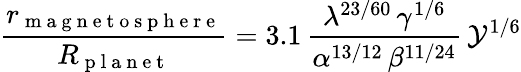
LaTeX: \frac{r_{\mathrm{~m~a~g~n~e~t~o~s~p~h~e~r~e~}}}{R_{\mathrm{~p~l~a~n~e~t~}}}=3.1\, \frac{\lambda^{23/60}\, \gamma^{1/6}}{\alpha^{13/12}\, \beta^{11/24}}\, \mathcal{Y}^{1/6}